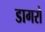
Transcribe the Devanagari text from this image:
डागरो